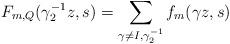
LaTeX: \begin{align*}F_{m,Q}(\gamma_2^{-1}z,s) = \sum_{\gamma\neq I,\gamma_2^{-1}}f_m(\gamma z,s)\end{align*}